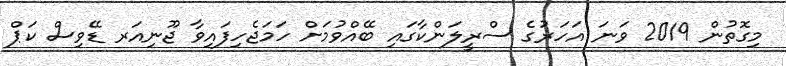
މިގޮތުން 2019 ވަނަ އަހަރުގެ ސްރީލަންކާގައި ބޭއްވުމަށް ހަމަޖެހިފައިވާ ޖޫނިއަރ ޑޭވިސް ކަޕް